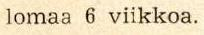
lomaa 6 viikkoa.